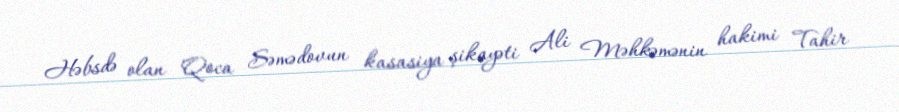
Həbsdə olan Qoca Səmədovun kasasiya şikayəti Ali Məhkəmənin hakimi Tahir